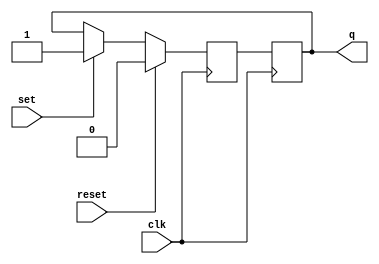
module mstr_slv_sr_ff(
    input wire clk,
    input wire reset,
    input wire set,
    output reg q
);

reg m_master_ff;
reg m_slave_ff;

always @(posedge clk) begin
    if (reset)
        m_master_ff <= 0;
    else if (set)
        m_master_ff <= 1;
    else
        m_master_ff <= m_slave_ff;
end

always @(negedge clk) begin
    m_slave_ff <= m_master_ff;
end

assign q = m_slave_ff;

endmodule